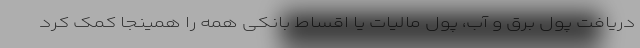
دریافت پول برق و آب، پول مالیات یا اقساط بانکی همه را همینجا کمک کرد